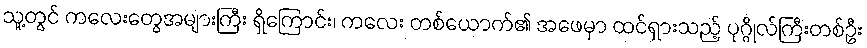
သူ့တွင် ကလေးတွေအများကြီး ရှိကြောင်း၊ ကလေး တစ်ယောက်၏ အဖေမှာ ထင်ရှားသည့် ပုဂ္ဂိုလ်ကြီးတစ်ဦး